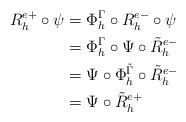
LaTeX: \begin{align*}R^{e+}_h \circ \psi &=\Phi^{\Gamma}_h \circ R^{e-}_h\circ\psi \\&=\Phi^{\Gamma}_h\circ \Psi \circ \tilde{R}^{e-}_h\\&=\Psi \circ\Phi^{\tilde{\Gamma}}_h\circ\tilde{R}^{e-}_h\\&=\Psi \circ \tilde{R}^{e+}_h\\\end{align*}